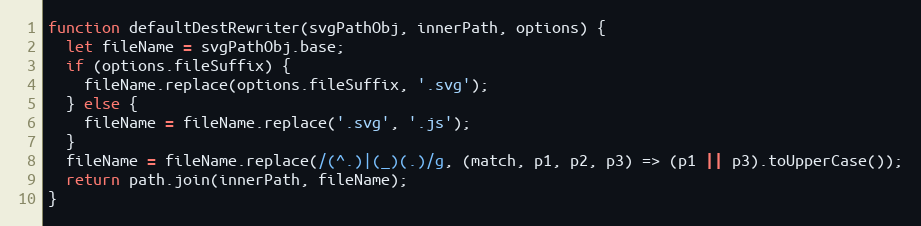
Language: JavaScript
function defaultDestRewriter(svgPathObj, innerPath, options) {
  let fileName = svgPathObj.base;
  if (options.fileSuffix) {
    fileName.replace(options.fileSuffix, '.svg');
  } else {
    fileName = fileName.replace('.svg', '.js');
  }
  fileName = fileName.replace(/(^.)|(_)(.)/g, (match, p1, p2, p3) => (p1 || p3).toUpperCase());
  return path.join(innerPath, fileName);
}